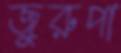
জুরুপা